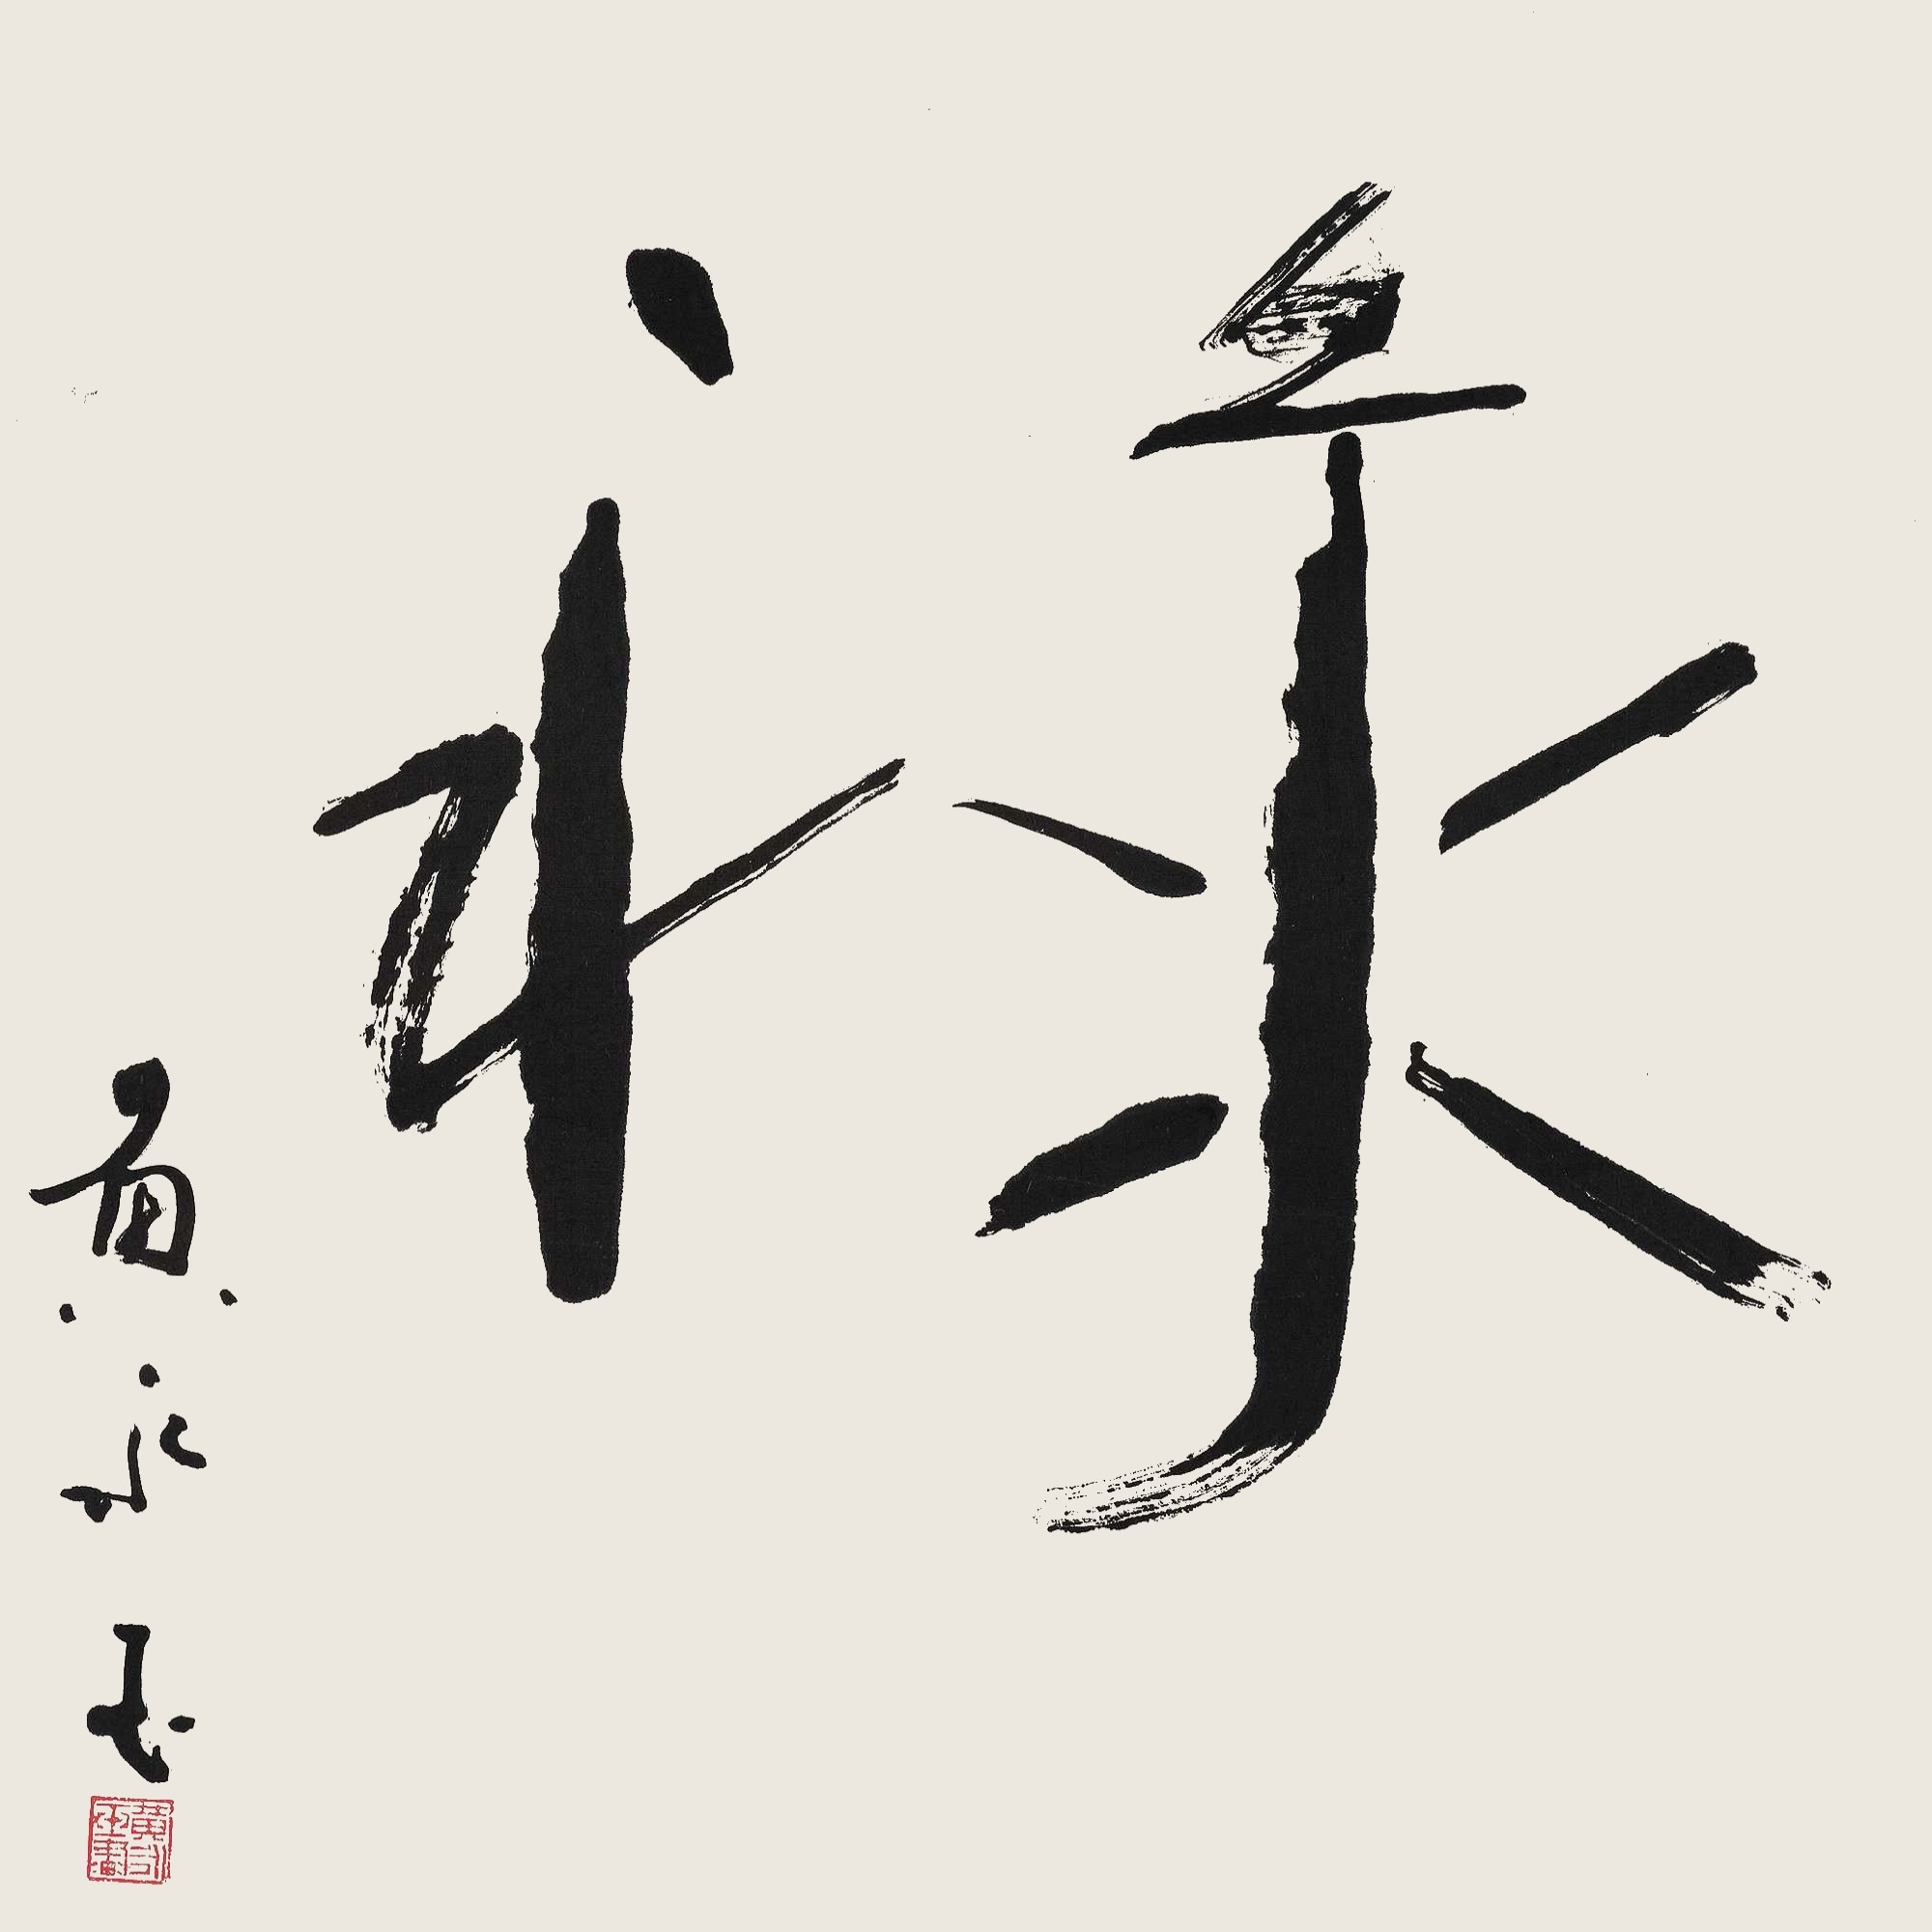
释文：禄黄永玉。